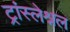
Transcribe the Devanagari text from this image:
ट्रांस्लेश्नल